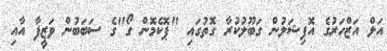
އަލް އަޒްހަރުގެ އޮފިޝަލުން ގަބޫލުކުރާ ގޮތުގައި "ޕޮކެމޮން ގޯ"ގެ ސަބަބުން ވަޒީފާ އާއި